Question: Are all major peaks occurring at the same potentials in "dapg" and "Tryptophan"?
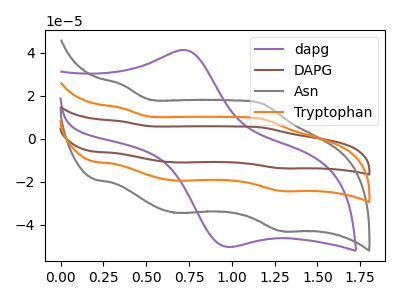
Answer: <think>The purple curve "dapg" has an anodic peak at (0.75V, 41.15uA) and a cathodic peak at (0.95V, -50.40uA). The brown curve "DAPG" has anodic peaks at (0.35V, 28.60uA) (1.20V, 18.55uA) and cathodic peaks at (0.70V, -39.05uA) (1.30V, -48.65uA). The gray curve "Asn" has anodic peaks at (0.35V, 25.30uA) (1.20V, 16.35uA) and cathodic peaks at (0.70V, -34.55uA) (1.30V, -43.00uA). The orange curve "Tryptophan" has anodic peaks at (0.35V, 14.30uA) (1.20V, 9.25uA) and cathodic peaks at (0.70V, -19.55uA) (1.30V, -24.35uA).</think>
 <answer>No, "dapg" and "Tryptophan" have a different number of peaks.</answer>
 <eval>different_amount</eval>